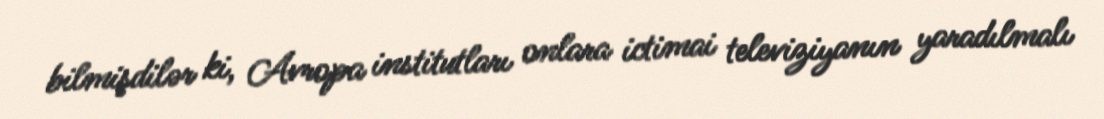
bilmişdilər ki, Avropa institutları onlara ictimai televiziyanın yaradılmalı